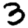
Digit: 3